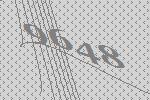
9648